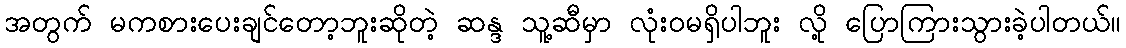
အတွက် မကစားပေးချင်တော့ဘူးဆိုတဲ့ ဆန္ဒ သူ့ဆီမှာ လုံးဝမရှိပါဘူး လို့ ပြောကြားသွားခဲ့ပါတယ်။